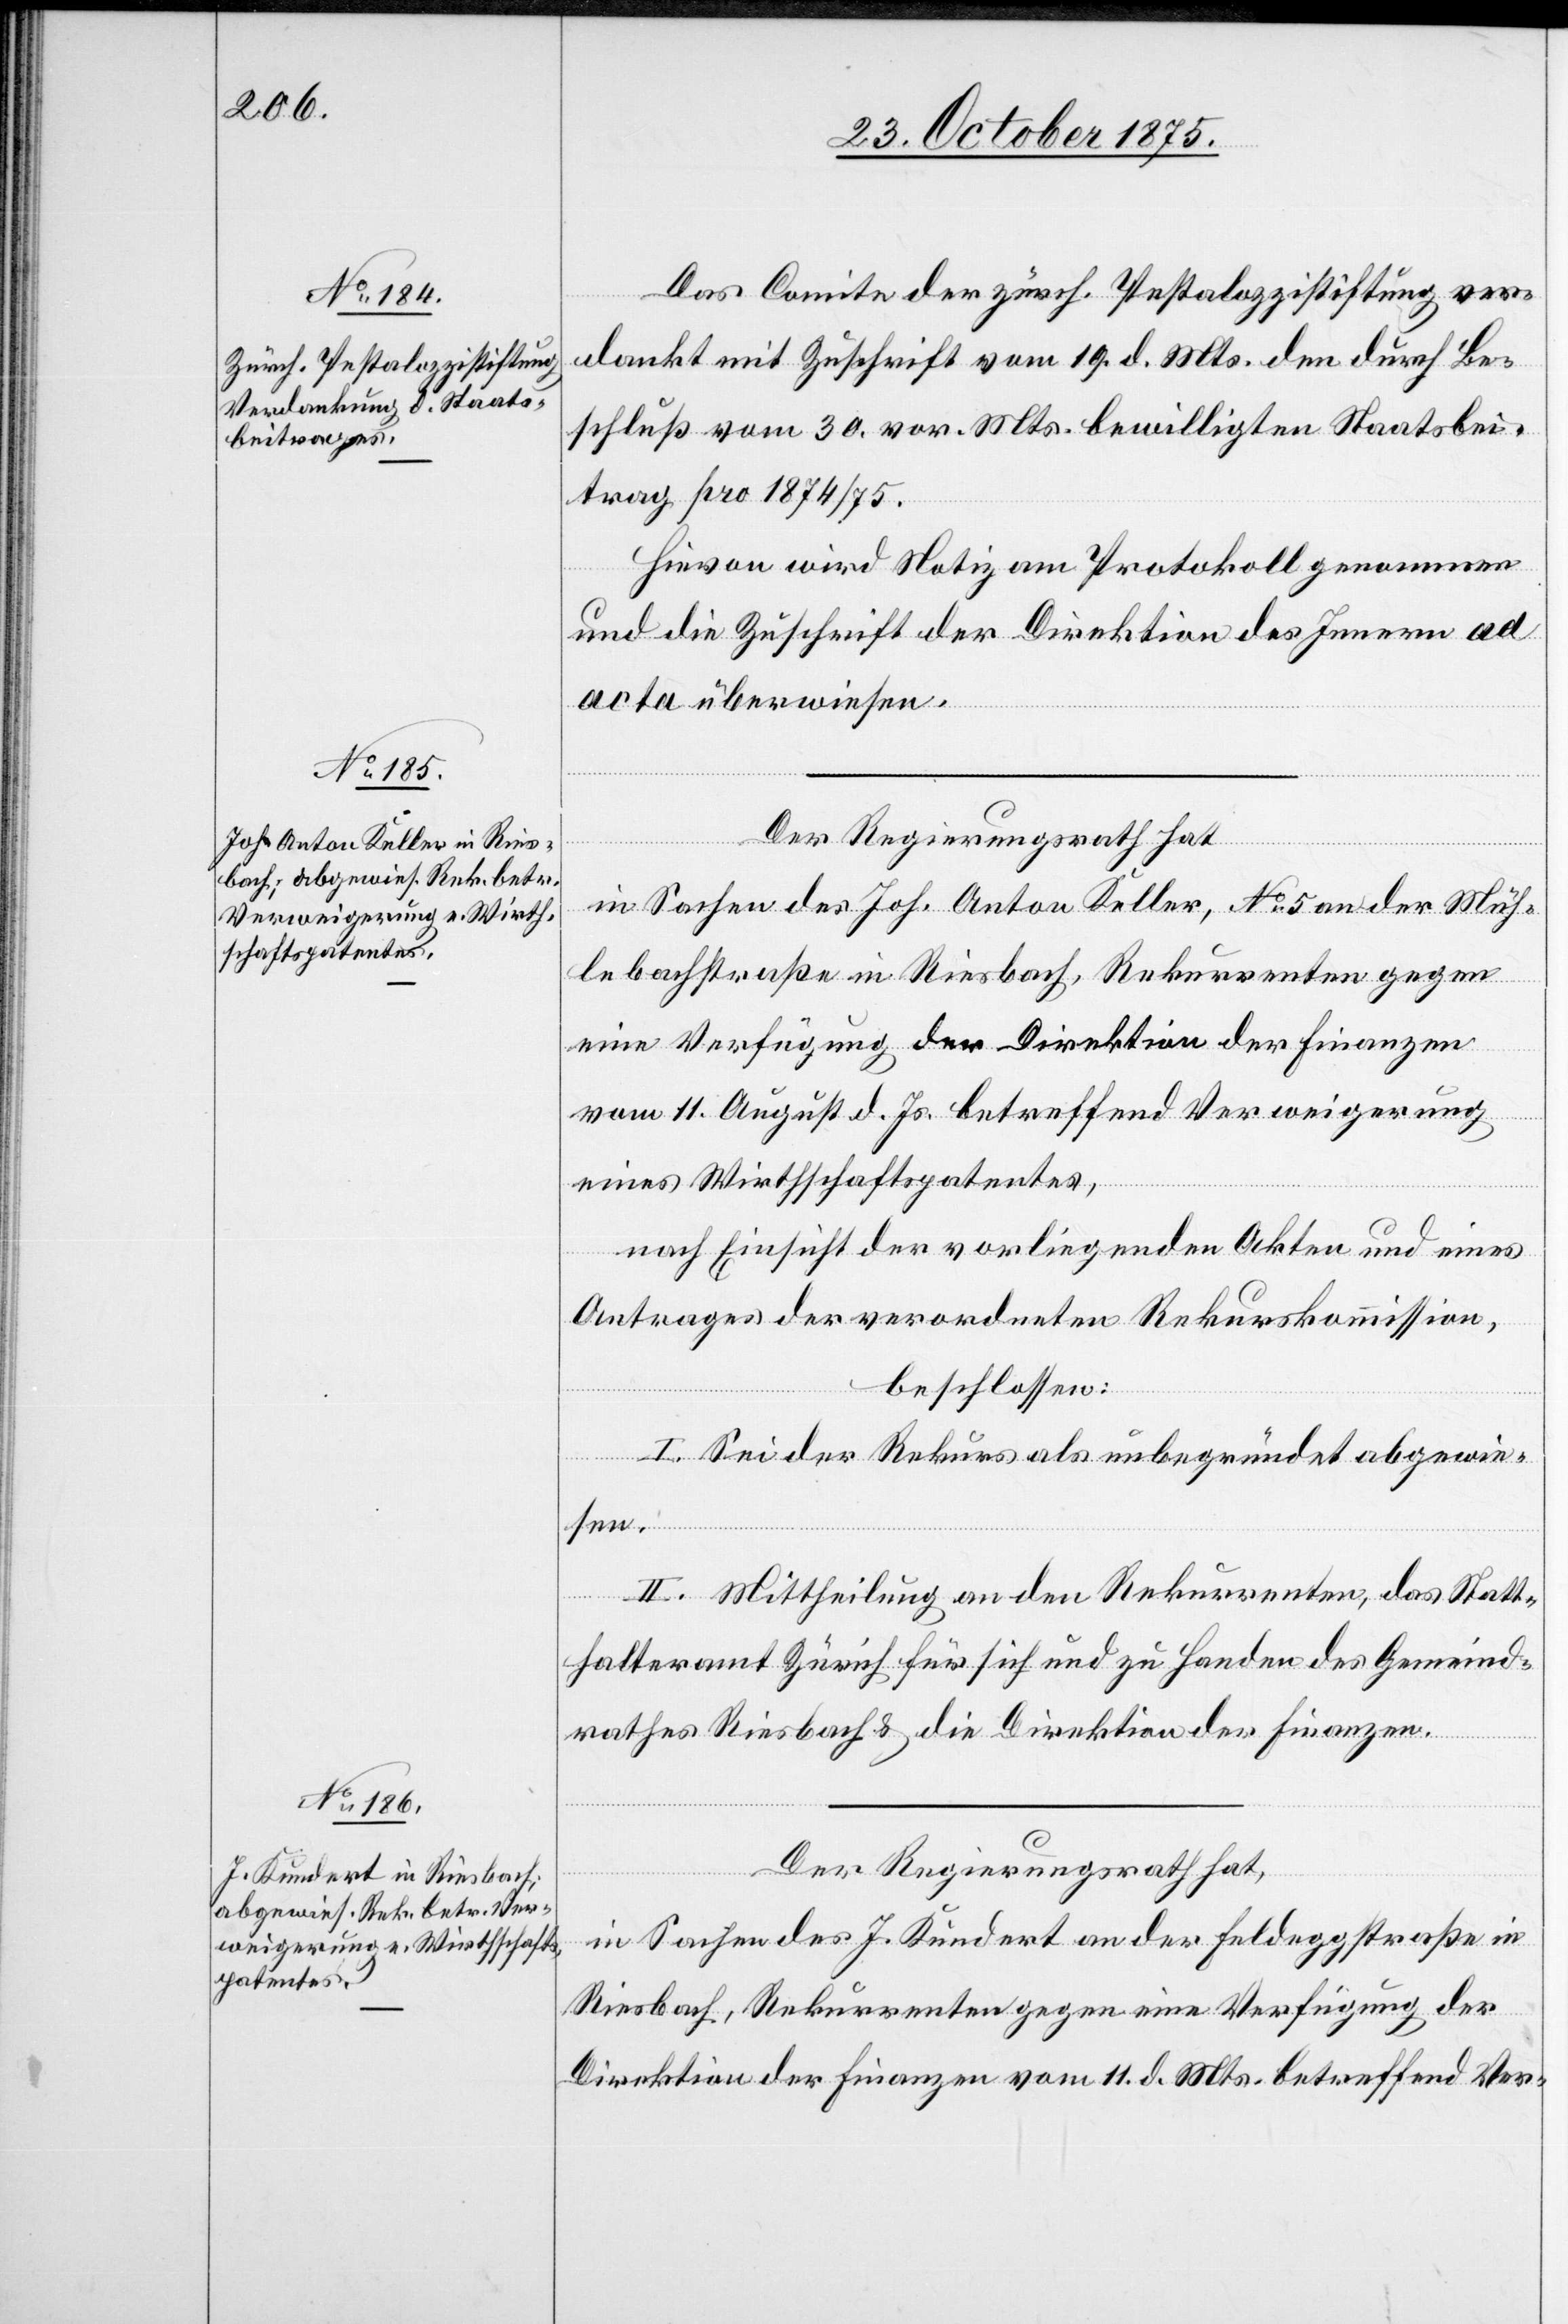
Das Comite der zürch. Pestalozzistiftung ver¬
dankt mit Zuschrift vom 19. d. Mts. den durch Be¬
schluß vom 30. vor. Mts. bewilligten Staatsbei¬
trag pro 1874/75.
Hievon wird Notiz am Protokoll genommen
und die Zuschrift der Direktion des Innern ad
acta überwiesen.
Der Regierungsrath hat,
in Sachen des Joh. Anton Keller, No 5 an der Müh¬
lebachstraße in Riesbach, Rekurrenten gegen
eine Verfügung der Direktion der Finanzen
vom 11. August d. Js. betreffend Verweigerung
eines Wirthschaftspatentes,
nach Einsicht der vorliegenden Akten und eines
Antrages der verordneten Rekurskommission,
beschlossen:
I. Sei der Rekurs als unbegründet abgewie¬
sen.
II. Mittheilung an den Rekurrenten, das Statt¬
halteramt Zürich für sich und zu Handen des Gemeind¬
rathes Riesbach & die Direktion der Finanzen.
Der Regierungsrath hat,
in Sachen des J. Kundert an der Feldeggstraße in
Riesbach, Rekurrenten gegen eine Verfügung der
Direktion der Finanzen vom 11. d. Mts. betreffend Ver-